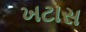
ખટાસ